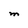
Character: M